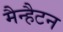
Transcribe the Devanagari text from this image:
मैन्हैटन